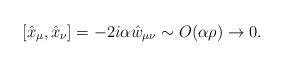
LaTeX: \begin{align*}[\hat{x}_{\mu},\hat{x}_{\nu}]=-2i\alpha\hat{w}_{\mu\nu} \sim O (\alpha \rho) \rightarrow 0.\end{align*}